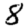
Digit: 8